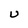
Character: U